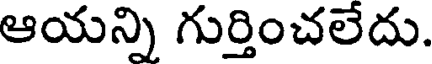
ఆయన్ని గుర్తించలేదు.